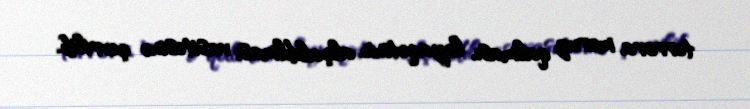
terrora məruz qalması, ləyaqətinin alçaldılması vasitəsinə çevrilib.